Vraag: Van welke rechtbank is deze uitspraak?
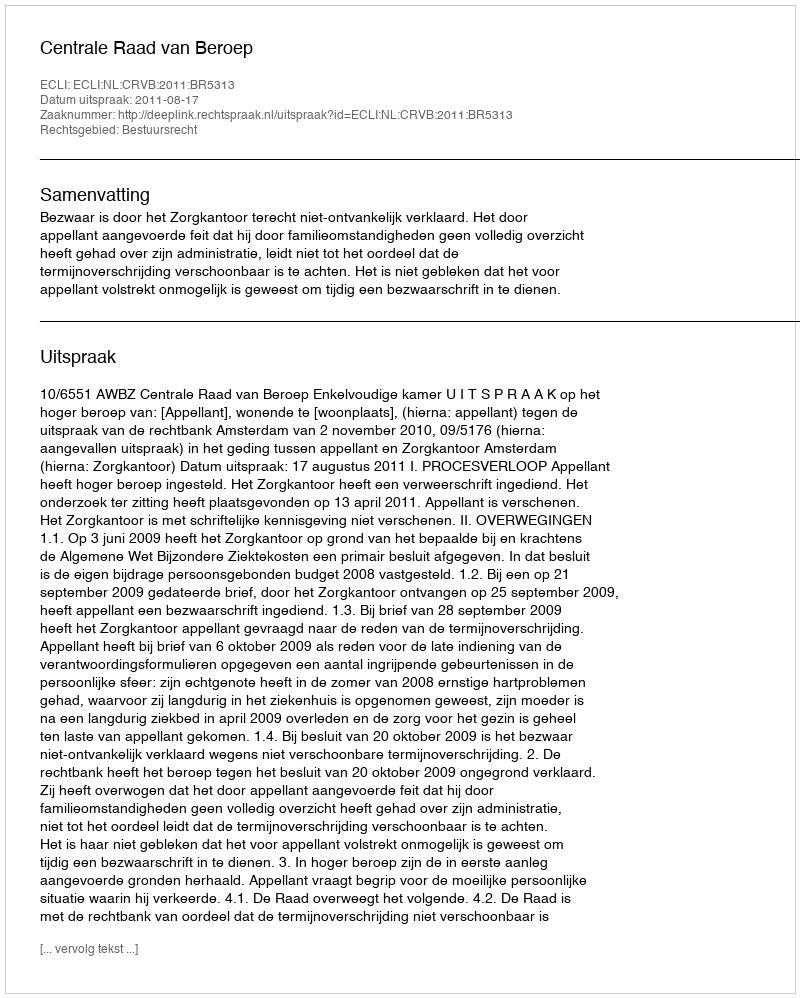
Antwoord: Centrale Raad van Beroep